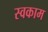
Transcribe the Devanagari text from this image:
स्वकाम